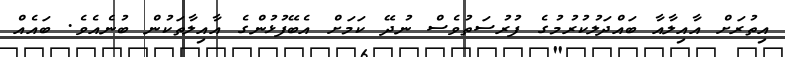
އިތުރަށް އާއިލާއާ ބައްދަލުކުރުމުގެ ފުރުސަތުވެސް ނުދޭ ކަމަށް އެބޭފުޅުންގެ އާއިލާތަކުން ބުނެއެވެ. ބައެއް